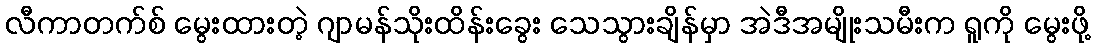
လီကာတက်စ် မွေးထားတဲ့ ဂျာမန်သိုးထိန်းခွေး သေသွားချိန်မှာ အဲဒီအမျိုးသမီးက ရူကို မွေးဖို့